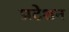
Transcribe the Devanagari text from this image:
प्रटेशन